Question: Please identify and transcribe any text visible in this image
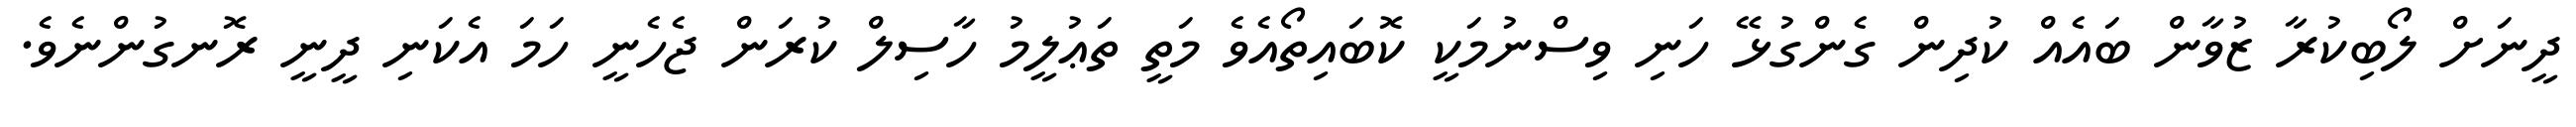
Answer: ދީނަށް ލޯބިކުރާ ޒުވާން ބައެއް ކުދިން ގެންގުޅޭ ހަނި ވިސްނުމަކީ ކޮބައިތޯއެވެ މަތީ ތަޢުލީމު ހާސިލް ކުރަން ޖެހެނީ ހަމަ އެކަނި ދީނީ ރޮނގުންނެވެ.